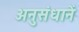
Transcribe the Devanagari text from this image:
अनुसंधानें